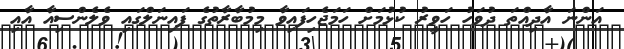
އަންނަ އާދިއްތަ ދުވަހު ހަވީރު ކުޅުމަށް ހަމަޖެހިފައިވާ މިމުބާރާތުގެ ފައިނަލްގައި ވެލެންސިއާ އާއި